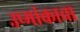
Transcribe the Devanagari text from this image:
उष्मांकाचा